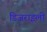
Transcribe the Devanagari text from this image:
डिजराइली